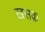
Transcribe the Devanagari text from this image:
ख़सक़